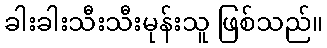
ခါးခါးသီးသီးမုန်းသူ ဖြစ်သည်။